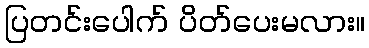
ပြတင်းပေါက် ပိတ်ပေးမလား။